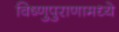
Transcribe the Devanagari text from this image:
विष्णुपुराणामध्ये